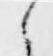
之